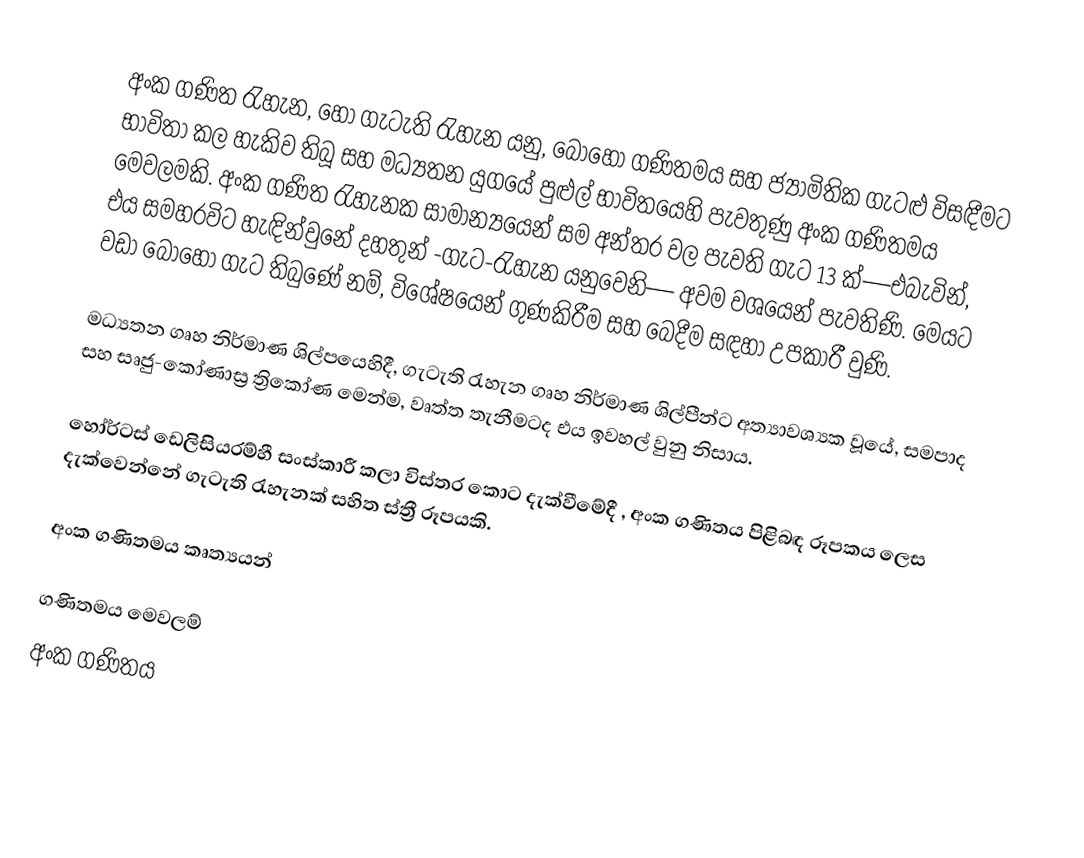
අංක ගණිත රැහැන, හෝ ගැටැති රැහැන යනු, බොහෝ ගණිතමය සහ ජ්‍යාමිතික ගැටළු විසඳීමට භාවිතා කල හැකිව තිබූ  සහ මධ්‍යතන යුගයේ පුළුල් භාවිතයෙහි පැවතුණු අංක ගණිතමය මෙවලමකි. අංක ගණිත රැහැනක සාමාන්‍යයෙන්  සම අන්තර වල පැවති ගැට 13 ක්—එබැවින්, එය සමහරවිට හැඳින්වුනේ දහතුන් -ගැට-රැහැන යනුවෙනි— අවම වශයෙන් පැවතිණි. මෙයට වඩා බොහෝ ගැට තිබුණේ නම්, විශේෂයෙන්  ගුණකිරීම සහ  බෙදීම සඳහා උපකාරී වුණි.

 මධ්‍යතන  ගෘහ නිර්මාණ ශිල්පයෙහිදී, ගැටැති රැහැන ගෘහ නිර්මාණ ශිල්පීන්ට අත්‍යාවශ්‍යක වූයේ, සමපාද සහ  සෘජු-කෝණාස්‍ර  ත්‍රිකෝණ මෙන්ම, වෘත්ත තැනීමටද එය ඉවහල් වුනු නිසාය.

හෝර්ටස්  ඩෙලිසියරම්හී  සංස්කාරී  කලා විස්තර කොට දැක්වීමේදී , අංක ගණිතය පිළිබඳ  රූපකය ලෙස දැක්වෙන්නේ ගැටැති රැහැනක් සහිත ස්ත්‍රී රූපයකි.

අංක ගණිතමය කෘත්‍යයන්

ගණිතමය මෙවලම්
අංක ගණිතය